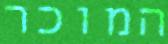
המוכר